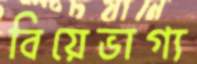
বিয়েভাগ্য